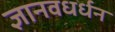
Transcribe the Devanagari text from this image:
ज्ञानवधर्धन